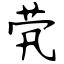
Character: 茕